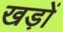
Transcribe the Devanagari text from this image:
खड़ों